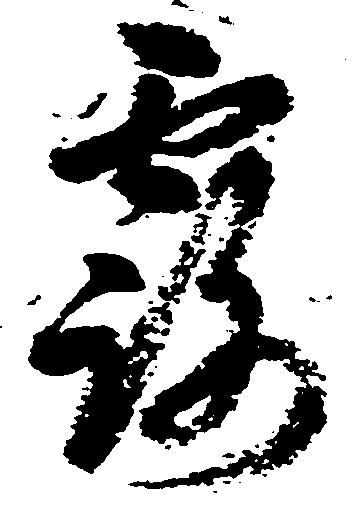
露